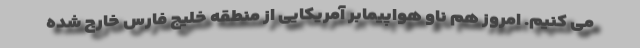
می کنیم. امروز هم ناو هواپیمابر آمریکایی از منطقه خلیج فارس خارج شده